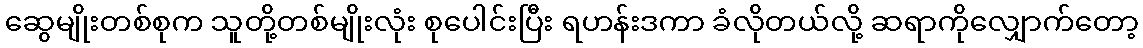
ဆွေမျိုးတစ်စုက သူတို့တစ်မျိုးလုံး စုပေါင်းပြီး ရဟန်းဒကာ ခံလိုတယ်လို့ ဆရာကိုလျှောက်တော့